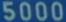
5000